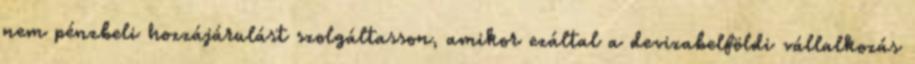
nem pénzbeli hozzájárulást szolgáltasson, amikor ezáltal a devizabelföldi vállalkozás